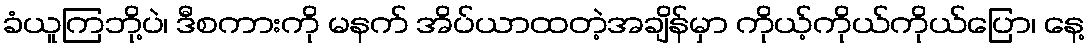
ခံယူကြဘို့ပဲ၊ ဒီစကားကို မနက် အိပ်ယာထတဲ့အချိန်မှာ ကိုယ့်ကိုယ်ကိုယ်ပြော၊ နေ့